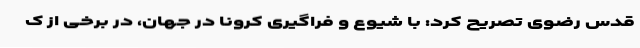
قدس رضوی تصریح کرد: با شیوع و فراگیری کرونا در جهان، در برخی از ک